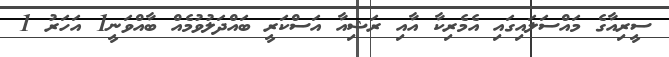
ސީރިއާގެ މައްސަލައިގައި އެމެރިކާ އާއި ރަޝިއާ އަސްކަރީ ބައްދަލުވުމެއް ބާއްވަނީ1 އަހަރު 1